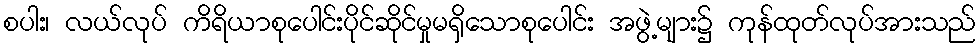
စပါး၊ လယ်လုပ် ကိရိယာစုပေါင်းပိုင်ဆိုင်မှုမရှိသောစုပေါင်း အဖွဲ့များ၌ ကုန်ထုတ်လုပ်အားသည်